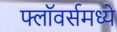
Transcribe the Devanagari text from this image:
फ्लॉवर्समध्ये